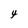
Character: 4